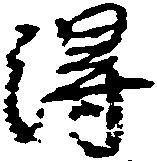
得